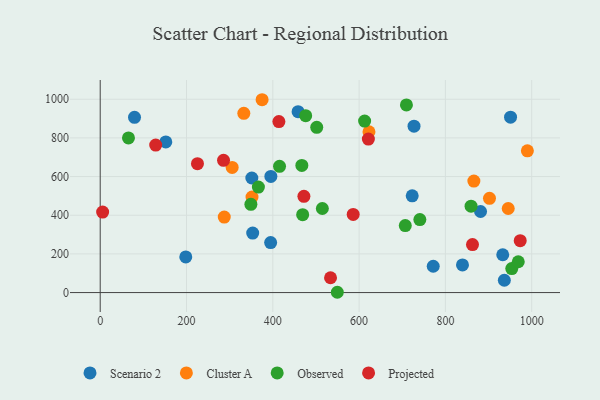
{"axis": {"x": "Study Hours", "y": "Rating"}, "legend": ["Cluster A", "Observed", "Projected", "Scenario 2"], "data": [{"x": "839.6", "y": 142.9, "type": "Scenario 2"}, {"x": "152.0", "y": 779.0, "type": "Scenario 2"}, {"x": "932.9", "y": 195.7, "type": "Scenario 2"}, {"x": "79.5", "y": 906.2, "type": "Scenario 2"}, {"x": "951.0", "y": 907.1, "type": "Scenario 2"}, {"x": "395.0", "y": 258.4, "type": "Scenario 2"}, {"x": "458.6", "y": 935.4, "type": "Scenario 2"}, {"x": "723.1", "y": 500.2, "type": "Scenario 2"}, {"x": "353.4", "y": 307.5, "type": "Scenario 2"}, {"x": "771.8", "y": 136.0, "type": "Scenario 2"}, {"x": "727.3", "y": 860.4, "type": "Scenario 2"}, {"x": "881.5", "y": 419.3, "type": "Scenario 2"}, {"x": "936.6", "y": 63.6, "type": "Scenario 2"}, {"x": "395.5", "y": 600.8, "type": "Scenario 2"}, {"x": "198.3", "y": 184.1, "type": "Scenario 2"}, {"x": "351.4", "y": 592.6, "type": "Scenario 2"}, {"x": "305.8", "y": 647.0, "type": "Cluster A"}, {"x": "866.0", "y": 576.9, "type": "Cluster A"}, {"x": "990.0", "y": 733.0, "type": "Cluster A"}, {"x": "287.5", "y": 390.7, "type": "Cluster A"}, {"x": "375.2", "y": 997.4, "type": "Cluster A"}, {"x": "332.8", "y": 927.3, "type": "Cluster A"}, {"x": "622.9", "y": 831.4, "type": "Cluster A"}, {"x": "351.8", "y": 494.1, "type": "Cluster A"}, {"x": "902.2", "y": 487.4, "type": "Cluster A"}, {"x": "945.6", "y": 434.8, "type": "Cluster A"}, {"x": "514.8", "y": 434.9, "type": "Observed"}, {"x": "953.8", "y": 124.1, "type": "Observed"}, {"x": "859.5", "y": 446.8, "type": "Observed"}, {"x": "709.7", "y": 970.3, "type": "Observed"}, {"x": "349.2", "y": 456.6, "type": "Observed"}, {"x": "968.9", "y": 159.4, "type": "Observed"}, {"x": "740.8", "y": 377.4, "type": "Observed"}, {"x": "469.2", "y": 402.9, "type": "Observed"}, {"x": "415.6", "y": 652.8, "type": "Observed"}, {"x": "549.5", "y": 1.5, "type": "Observed"}, {"x": "467.3", "y": 657.5, "type": "Observed"}, {"x": "612.8", "y": 887.1, "type": "Observed"}, {"x": "501.8", "y": 854.9, "type": "Observed"}, {"x": "65.5", "y": 799.7, "type": "Observed"}, {"x": "707.0", "y": 346.3, "type": "Observed"}, {"x": "476.2", "y": 915.0, "type": "Observed"}, {"x": "366.6", "y": 545.6, "type": "Observed"}, {"x": "586.3", "y": 403.9, "type": "Projected"}, {"x": "862.8", "y": 248.0, "type": "Projected"}, {"x": "472.1", "y": 497.6, "type": "Projected"}, {"x": "414.1", "y": 884.3, "type": "Projected"}, {"x": "285.8", "y": 683.9, "type": "Projected"}, {"x": "973.4", "y": 268.6, "type": "Projected"}, {"x": "128.6", "y": 762.9, "type": "Projected"}, {"x": "621.5", "y": 793.7, "type": "Projected"}, {"x": "533.8", "y": 76.6, "type": "Projected"}, {"x": "225.4", "y": 666.5, "type": "Projected"}, {"x": "5.6", "y": 416.1, "type": "Projected"}]}